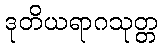
ဒုတိယရာဂသုတ္တ